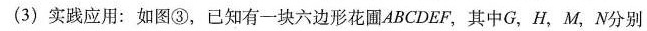
(3)实践应用：如图③，已知有一块六边形花圃ABCDEF，其中G，H，M，N分别